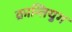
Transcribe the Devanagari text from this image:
क्रान्तियुग